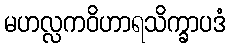
မဟလ္လကဝိဟာရသိက္ခာပဒံ